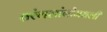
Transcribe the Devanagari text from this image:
तरंगलांबीमधली